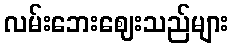
လမ်းဘေးဈေးသည်များ